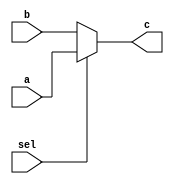
module mux(a,b,sel,c);
  input [31:0] a, b;
  input sel;
  output [31:0] c;
  assign c=(sel)?a:b;
endmodule